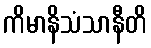
ကိမာနိသံသာနီတိ